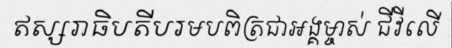
ឥស្សរាធិបតីបរមបពិត្រជាអង្គម្ចាស់ ជីវីលើ